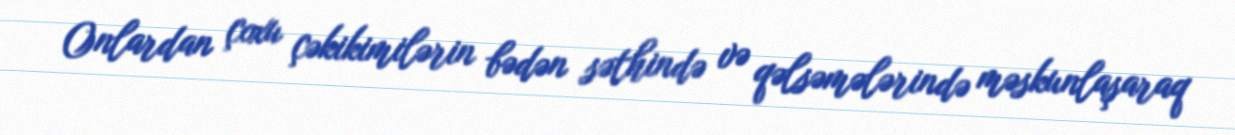
Onlardan çoxu çəkikimilərin bədən səthində və qəlsəmələrində məskunlaşaraq